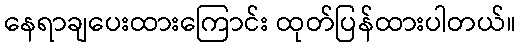
နေရာချပေးထားကြောင်း ထုတ်ပြန်ထားပါတယ်။